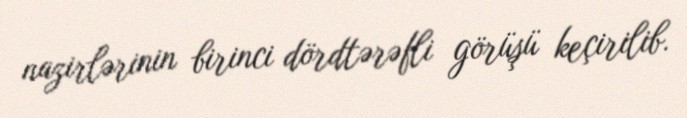
nazirlərinin birinci dördtərəfli görüşü keçirilib.